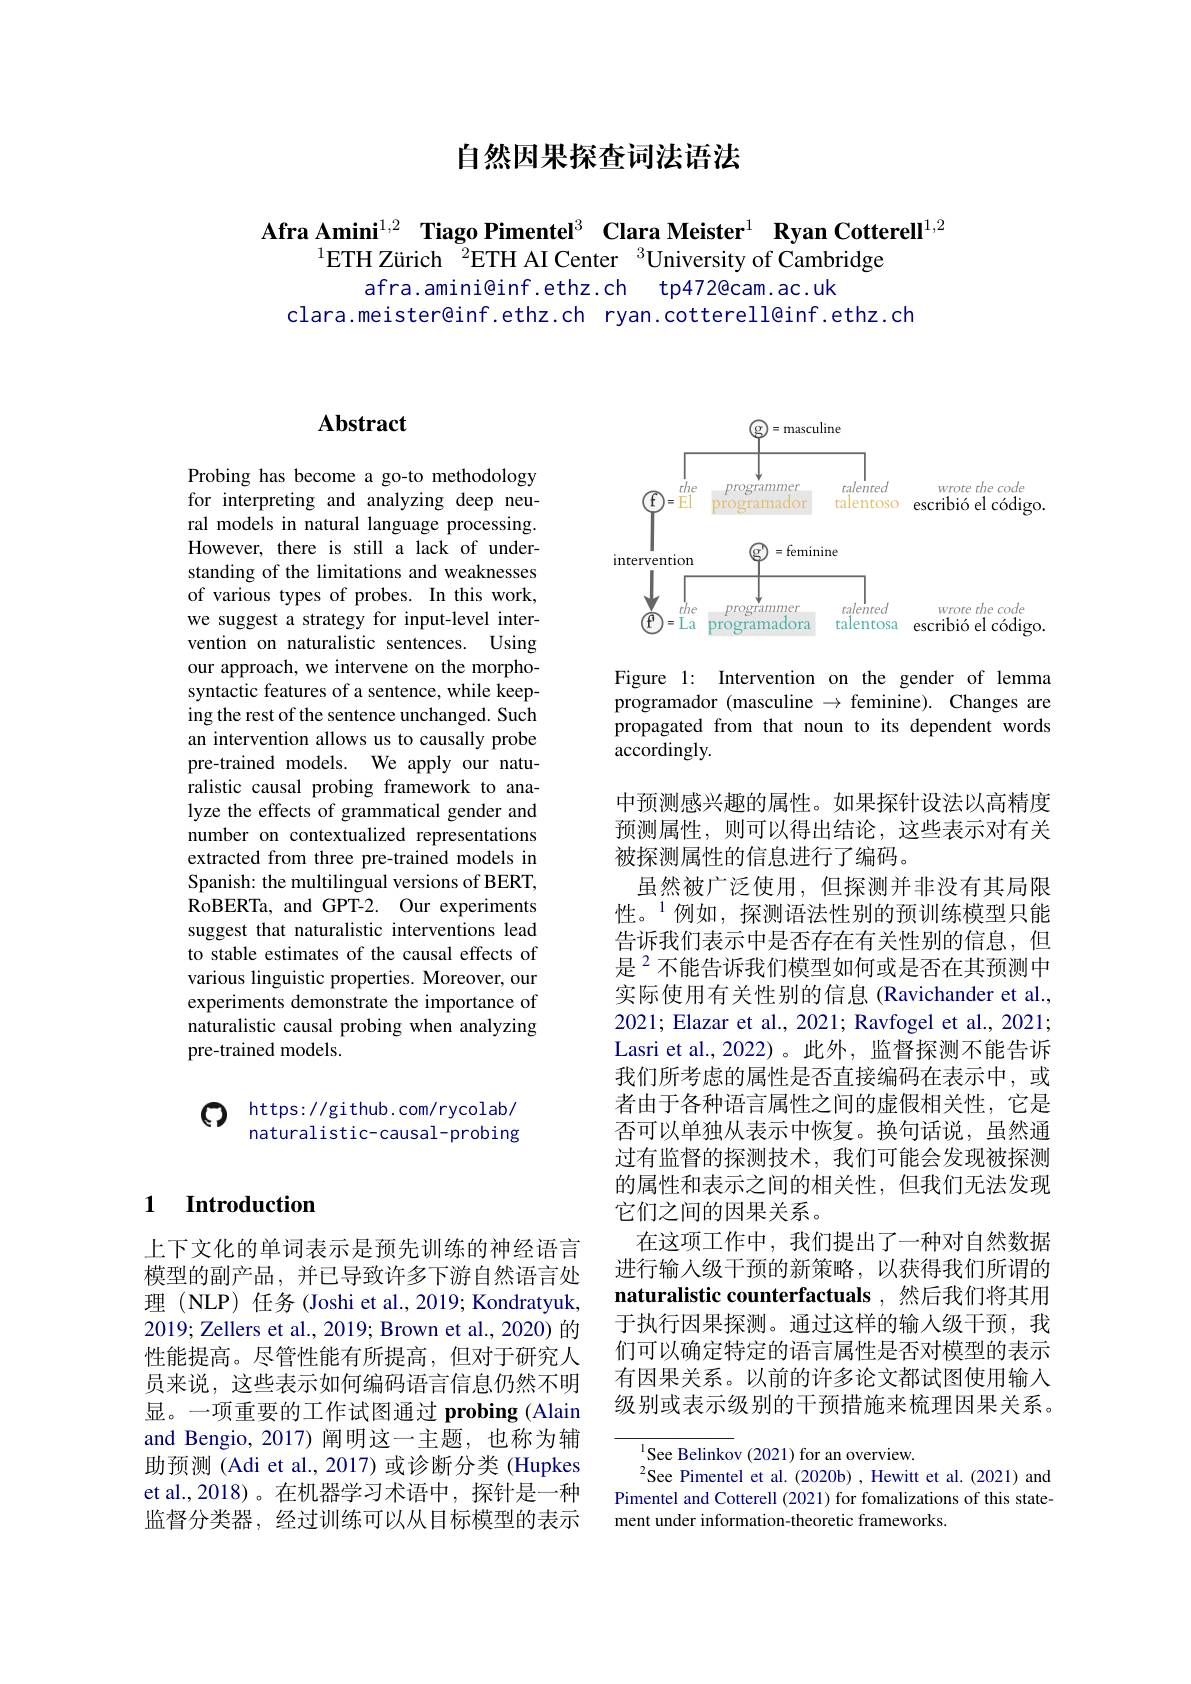
自然因果探查词法语法

Afra Amini$^{1,2}$ Tiago Pimentel$^3$ Clara Meister$^1\textbf{ Ryan Cotterell}^{1,2}$
$^{1}$ETH Zürich $^{\text{\v{Z}}}$ETH AI Center $^3$University of Cambridge
afra.amini@inf.ethz.ch tp472@cam.ac.uk
clara.meister@inf.ethz.ch ryan.cotterell@inf.ethz.ch

### $\textbf{1}$ $\textbf{Introduction}$

上下文化的单词表示是预先训练的神经语言模型的副产品，并已导致许多下游自然语言处理 (NLP) 任务 (Joshi et al., 2019; Kondratyuk, 2019; Zellers et al., 2019; Brown et al., 2020) 的性能提高。尽管性能有所提高，但对于研究人员来说，这些表示如何编码语言信息仍然不明显。一项重要的工作试图通过 probing (Alain and Bengio, 2017) 阐明这一主题，也称为辅助预测 (Adi et al., 2017) 或诊断分类 (Hupkes et al.,2018)。在机器学习术语中，探针是一种监督分类器，经过训练可以从目标模型的表示

## Abstract

Probing has become a go-to methodology for interpreting and analyzing deep neural models in natural language processing. However, there is still a lack of understanding of the limitations and weaknesses of various types of probes. In this work, we suggest a strategy for input-level intervention on naturalistic sentences. Using our approach, we intervene on the morphosyntactic features of a sentence, while keeping the rest of the sentence unchanged. Such an intervention allows us to causally probe pre-trained models. We apply our naturalistic causal probing framework to analyze the effects of grammatical gender and number on contextualized representations extracted from three pre-trained models in Spanish: the multilingual versions of BERT, RoBERTa, and GPT-2. Our experiments suggest that naturalistic interventions lead to stable estimates of the causal effects of various linguistic properties. Moreover, our experiments demonstrate the importance of naturalistic causal probing when analyzing pre-trained models.

$\textcircled{\mathrm{O}}$ https: / / github. com/ rycolab/
naturalistic-causal-probing

<FigureHere>

Figure 1: Intervention on the gender of lemma programador (masculine $\to$ feminine). Changes are propagated from that noun to its dependent words accordingly.

中预测感兴趣的属性。如果探针设法以高精度预测属性，则可以得出结论，这些表示对有关被探测属性的信息进行了编码。
虽然被广泛使用，但探测并非没有其局限性。$^{1}$例如，探测语法性别的预训练模型只能告诉我们表示中是否存在有关性别的信息，但是$^{2}$不能告诉我们模型如何或是否在其预测中实际使用有关性别的信息(Ravichander et al., 2021; Elazar et al., 2021; Ravfogel et al., 2021; Lasri et al., 2022)。此外，监督探测不能告诉我们所考虑的属性是否直接编码在表示中，或者由于各种语言属性之间的虚假相关性，它是否可以单独从表示中恢复。换句话说，虽然通过有监督的探测技术，我们可能会发现被探测的属性和表示之间的相关性，但我们无法发现它们之间的因果关系。
在这项工作中，我们提出了一种对自然数据进行输人级干预的新策略，以获得我们所谓的naturalistic counterfactuals ,然后我们将其用于执行因果探测。通过这样的输人级干预，我们可以确定特定的语言属性是否对模型的表示有因果关系。以前的许多论文都试图使用输入级别或表示级别的干预措施来梳理因果关系。

$^{1}$See Belinkov (2021) for an overview.
$^2$See Pimentel et al.(2020b), Hewitt et al.(2021) and Pimentel and Cotterell (2021) for fomalizations of this statement under information-theoretic frameworks.